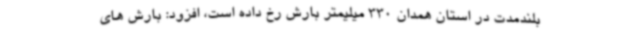
بلندمدت در استان همدان 330 میلیمتر بارش رخ داده است، افزود: بارش های